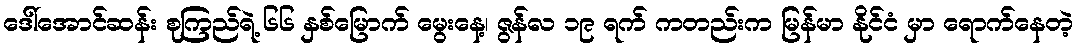
ဒေါ်အောင်ဆန်း စုကြည်ရဲ့ ၆၆ နှစ်မြောက် မွေးနေ့၊ ဇွန်လ ၁၉ ရက် ကတည်းက မြန်မာ နိုင်ငံ မှာ ရောက်နေတဲ့